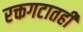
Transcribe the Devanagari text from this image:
रक्तगटातही